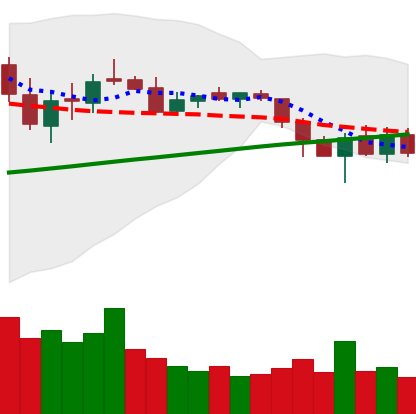
Ticker: LTC-USD
Chart end date: 2018-03-12
Forward return: -14.175%
Label: down_7plus